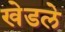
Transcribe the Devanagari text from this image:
खेडले